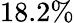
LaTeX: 18.2\%